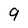
Character: 9